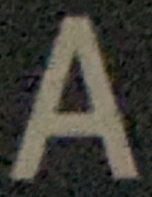
A